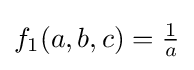
f_{1}(a,b,c)={\tfrac {1}{a}}